Calcutta medical institutions reports 1892-1900
Year: 1892
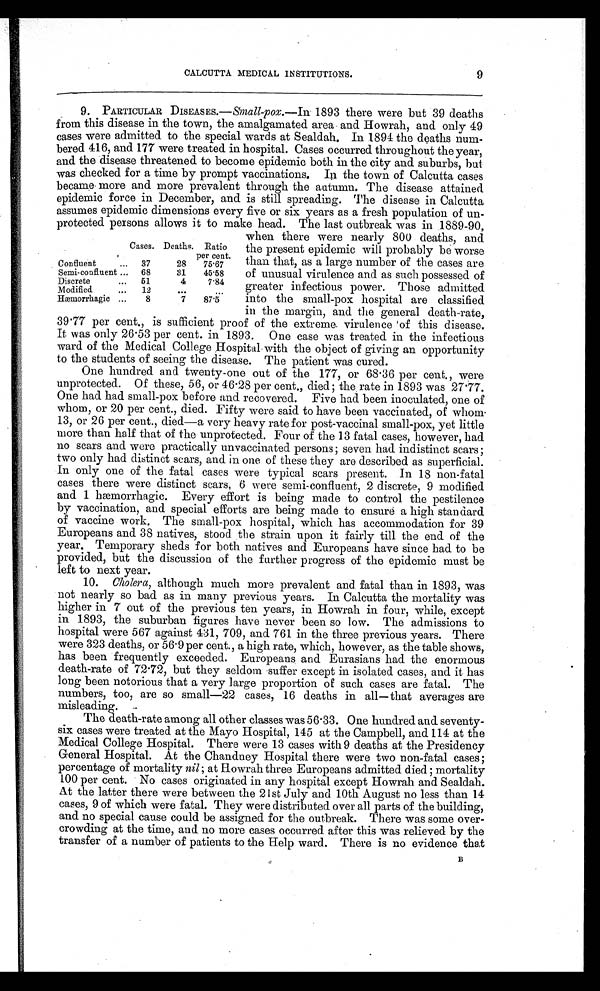
CALCUTTA MEDICAL INSTITUTIONS.
9
9. PARTICULAR DISEASES.— Small-pox.— I n 1 8 9 3 t h e r e w e r e b u t 3 9 d e a t h s
from this disease in the town, the amalgamated area and Howrah, and only 49
cases were admitted to the special wards at Sealdah. In 1894 the deaths num-
bered 416, and 177 were treated in hospital. Cases occurred throughout the year,
and the disease threatened to become epidemic both in the city and suburbs, but
was checked for a time by prompt vaccinations. In the town of Calcutta cases
became more and more prevalent through the autumn. The disease attained
epidemic force in December, and is still spreading. The disease in Calcutta
assumes epidemic dimensions every five or six years as a fresh population of un-
protected persons allows it to make head. The last outbreak was in 1889-90,
Cases. Deaths. Ratio
per cent.
Confluent
...
37
28
75.67
Semi-confluent ...
68
31
45.58
Discrete
...
51
4
7.84
M odified
...
12
...
...
Hæmorrhagic ...
8
7
87.5
when there were nearly 800 deaths, and
the present epidemic will probably be worse
than that, as a large number of the cases are
of unusual virulence and as such possessed of
greater infectious power. Those admitted
into the small-pox hospital are classified
in the margin, and the general death-rate,
39.77 per cent., is sufficient proof of the extreme. virulence of this disease.
It was only 26.53 per cent. in 1893. One case was treated in the infectious
ward of the Medical College Hospital with the object of giving an opportunity
to the students of seeing the disease. The patient was cured.
One hundred and twenty-one out of the 177, or 68.36 per cent., were
unprotected. Of these, 56, or 46.28 per cent., died ; the rate in 1893 was 27.77.
One had had small-pox before and recovered. Five had been inoculated, one of
whom, or 20 per cent., died. Fifty were said to have been vaccinated, of whom
13, or 26 per cent., died—a very heavy rate for post-vaccinal small-pox, yet little
more than half that of the unprotected. Four of the 13 fatal cases, however, had
no scars and were practically unvaccinated persons; seven had indistinct scars ;
two only had distinct scars, and in one of these they are described as superficial.
In only one of the fatal cases were typical scars present. In 18 non-fatal
cases there were distinct scars, 6 were semi-confluent, 2 discrete, 9 modified
and 1 hæmorrhagic. Every effort is being made to control the pestilence
by vaccination, and special efforts are being made to ensure a high standard
of vaccine work. The small-pox hospital, which has accommodation for 39
Europeans and 38 natives, stood the strain upon it fairly till the end of the
year. Temporary sheds for both natives and Europeans have since had to be
provided, but the discussion of the further progress of the epidemic must be
left to next year.
10. Cholera, although much more prevalent and fatal than in 1893, was
not nearly so bad as in many previous years. In Calcutta the mortality was
higher in 7 out of the previous ten years, in Howrah in four, while, except
in 1893, the suburban figures have never been so low. The admissions to
hospital were 567 against 431, 709, and 761 in the three previous years. There
were 323 deaths, or 56.9 per cent., a high rate, which, however, as the table shows,
has been frequently exceeded. Europeans and Eurasians had the enormous
death-rate of 72.72, but they seldom suffer except in isolated cases, and it has
long been notorious that a very large proportion of such cases are fatal. The
numbers, too, are so small—22 cases, 16 deaths in all—that averages are
misleading.
The death-rate among all other classes was 56.33. One hundred and seventy-
six cases were treated at the Mayo Hospital, 145 at the Campbell, and 114 at the
Medical College Hospital. There were 13 cases with 9 deaths at the Presidency
General Hospital. At the Chandney Hospital there were two non-fatal cases ;
percentage of mortality nil; at Howrah three Europeans admitted died ; mortality
100 per cent. No cases originated in any hospital except Howrah and Sealdah.
At the latter there were between the 21st July and 10th August no less than 14
cases, 9 of which were fatal. They were distributed over all parts of the building,
and no special cause could be assigned for the outbreak. There was some over-
-crowding at the time, and no more cases occurred after this was relieved by the
transfer of a number of patients to the Help ward. There is no evidence that
B